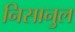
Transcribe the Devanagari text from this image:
निसानुल